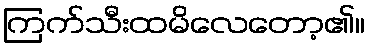
ကြက်သီးထမိလေတော့၏။